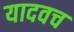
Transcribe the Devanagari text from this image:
यादवच